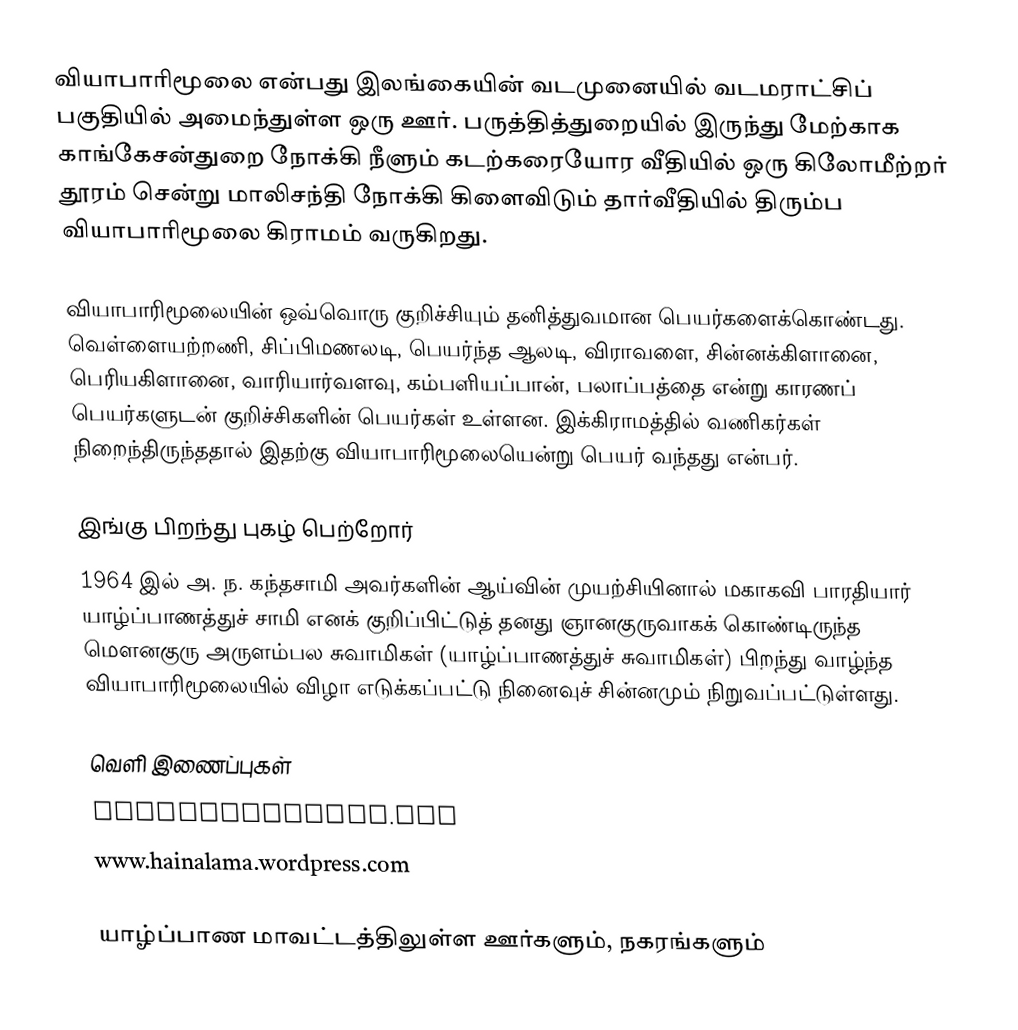
வியாபாரிமூலை என்பது இலங்கையின் வடமுனையில் வடமராட்சிப் பகுதியில் அமைந்துள்ள ஒரு ஊர். பருத்தித்துறையில் இருந்து மேற்காக காங்கேசன்துறை நோக்கி நீளும் கடற்கரையோர வீதியில் ஒரு கிலோமீற்றர் தூரம் சென்று மாலிசந்தி நோக்கி கிளைவிடும் தார்வீதியில் திரும்ப வியாபாரிமூலை கிராமம் வருகிறது.

வியாபாரிமூலையின் ஒவ்வொரு குறிச்சியும் தனித்துவமான பெயர்களைக்கொண்டது. வெள்ளையற்றணி, சிப்பிமணலடி, பெயர்ந்த ஆலடி, விராவளை, சின்னக்கிளானை, பெரியகிளானை, வாரியார்வளவு, கம்பளியப்பான், பலாப்பத்தை என்று காரணப் பெயர்களுடன் குறிச்சிகளின் பெயர்கள் உள்ளன. இக்கிராமத்தில் வணிகர்கள் நிறைந்திருந்ததால் இதற்கு வியாபாரிமூலையென்று பெயர் வந்தது என்பர்.

இங்கு பிறந்து புகழ் பெற்றோர்
1964 இல் அ. ந. கந்தசாமி அவர்களின் ஆய்வின் முயற்சியினால் மகாகவி பாரதியார் யாழ்ப்பாணத்துச் சாமி எனக் குறிப்பிட்டுத் தனது ஞானகுருவாகக் கொண்டிருந்த மௌனகுரு அருளம்பல சுவாமிகள் (யாழ்ப்பாணத்துச் சுவாமிகள்) பிறந்து வாழ்ந்த வியாபாரிமூலையில் விழா எடுக்கப்பட்டு நினைவுச் சின்னமும் நிறுவப்பட்டுள்ளது.

வெளி இணைப்புகள்
viyaparimoolai.org
www.hainalama.wordpress.com

யாழ்ப்பாண மாவட்டத்திலுள்ள ஊர்களும், நகரங்களும்